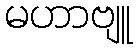
မဟာဗျူ